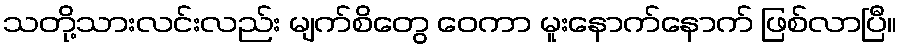
သတို့သားလင်းလည်း မျက်စိတွေ ဝေကာ မူးနောက်နောက် ဖြစ်လာပြီ။